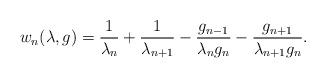
LaTeX: \begin{align*}w_{n}(\lambda,g)& =\frac{1}{\lambda_{n}}+\frac{1}{\lambda_{n+1}}-\frac{g_{n-1}}{\lambda_{n}g_{n}}-\frac{g_{n+1}}{\lambda_{n+1}g_{n}}.\end{align*}